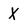
Character: X